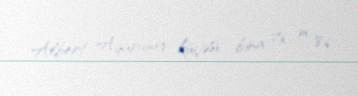
Albert Aqarunov küçəsi, bina 76, m. 86